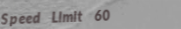
Speed Limit 60